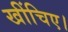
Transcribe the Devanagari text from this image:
खींचिए।